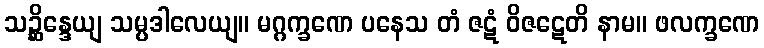
သဉ္ဆိန္ဒေယျ သမ္ပဒါလေယျ။ မဂ္ဂက္ခဏေ ပနေသ တံ ဇဋံ ဝိဇဋေတိ နာမ။ ဖလက္ခဏေ